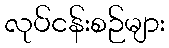
လုပ်ငန်းစဉ်များ